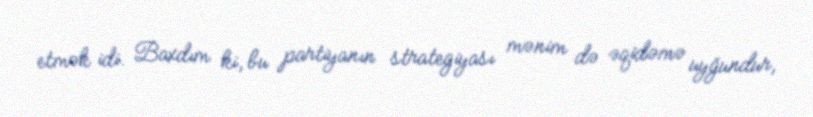
etmək idi. Baxdım ki, bu partiyanın strategiyası mənim də əqidəmə uyğundur,